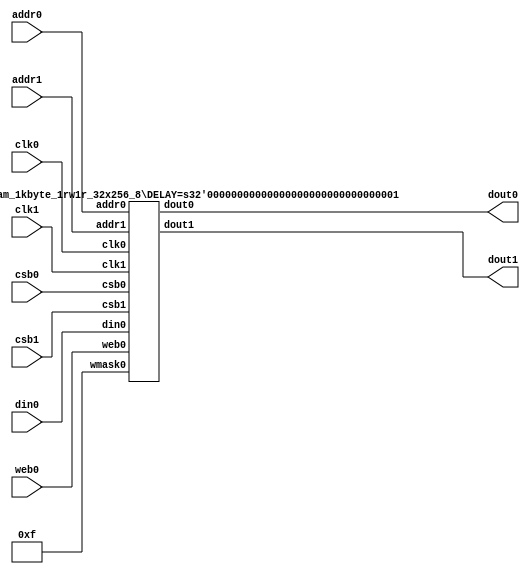
module sram_1kbyte_1rw1r#(
  parameter NUM_WMASKS = 4,
  parameter DATA_WIDTH = 32,
  parameter ADDR_WIDTH = 8,
  parameter RAM_DEPTH = 256,
  parameter DELAY = 1
)(
  input  clk0, // clock
  input   csb0, // active low chip select
  input  web0, // active low write control
  input [ADDR_WIDTH-1:0]  addr0,
  input [DATA_WIDTH-1:0]  din0,
  output [DATA_WIDTH-1:0] dout0,
  input  clk1, // clock
  input   csb1, // active low chip select
  input [ADDR_WIDTH-1:0]  addr1,
  output [DATA_WIDTH-1:0] dout1
);

  reg [ADDR_WIDTH-1:0]  addr0_r;
  reg [ADDR_WIDTH-1:0]  addr1_r;
  always @ (posedge clk1) begin
    addr0_r <= addr0;
    addr1_r <= addr1;
  end

  wire [DATA_WIDTH-1:0] dout0_w [RAM_DEPTH/256-1:0];
  wire [DATA_WIDTH-1:0] dout1_w [RAM_DEPTH/256-1:0];
  genvar i, j;
  generate 
    for (i=0; i<RAM_DEPTH/256; i=i+1) begin : loop_depth_gen
      for (j=0; j<DATA_WIDTH/32; j=j+1) begin : loop_width_gen
        if (ADDR_WIDTH == 8) begin
          sky130_sram_1kbyte_1rw1r_32x256_8 #(.DELAY(DELAY)) 
          sram_macro (
            .clk0(clk0),.csb0(csb0),.web0(web0),.wmask0(4'hF),.addr0(addr0[7:0]),.din0(din0[j*32+:32]), .dout0(dout0_w[i][j*32+:32]),
            .clk1(clk1),.csb1(csb1),.addr1(addr1[7:0]),.dout1(dout1_w[i][j*32+:32])
          );
        end
        else begin
          sky130_sram_1kbyte_1rw1r_32x256_8 #(.DELAY(DELAY)) 
          sram_macro (
            .clk0(clk0),.csb0(addr0[ADDR_WIDTH-1:8] == i ? csb0 : 1'b1),.web0(web0),.wmask0(4'hF),.addr0(addr0[7:0]),.din0(din0[j*32+:32]), .dout0(dout0_w[i][j*32+:32]),
            .clk1(clk1),.csb1(addr1[ADDR_WIDTH-1:8] == i ? csb1 : 1'b1),.addr1(addr1[7:0]),.dout1(dout1_w[i][j*32+:32])
          );
        end
      end
    end
    
    if (ADDR_WIDTH == 8)
      assign dout0 = dout0_w[0];
    else 
      assign dout0 = dout0_w[addr0_r[ADDR_WIDTH-1:8]];

    if (ADDR_WIDTH == 8)
      assign dout1 = dout1_w[0];
    else 
      assign dout1 = dout1_w[addr1_r[ADDR_WIDTH-1:8]];
  endgenerate


endmodule

// OpenRAM SRAM model
// Words: 256
// Word size: 32
// Write size: 8
module sky130_sram_1kbyte_1rw1r_32x256_8#(
  parameter NUM_WMASKS = 4,
  parameter DATA_WIDTH = 32,
  parameter ADDR_WIDTH = 8,
  parameter RAM_DEPTH = 256,
  parameter DELAY = 0
)(
  input  clk0, // clock
  input   csb0, // active low chip select
  input  web0, // active low write control
  input [NUM_WMASKS-1:0]   wmask0, // write mask
  input [ADDR_WIDTH-1:0]  addr0,
  input [DATA_WIDTH-1:0]  din0,
  output reg [DATA_WIDTH-1:0] dout0,
  input  clk1, // clock
  input   csb1, // active low chip select
  input [ADDR_WIDTH-1:0]  addr1,
  output reg [DATA_WIDTH-1:0] dout1
);

  reg  csb0_reg;
  reg  web0_reg;
  reg [NUM_WMASKS-1:0]   wmask0_reg;
  reg [ADDR_WIDTH-1:0]  addr0_reg;
  reg [DATA_WIDTH-1:0]  din0_reg;

  reg  csb1_reg;
  reg [ADDR_WIDTH-1:0]  addr1_reg;
reg [DATA_WIDTH-1:0]    mem [0:RAM_DEPTH-1];

  // All inputs are registers
  always @(posedge clk0)
  begin
    csb0_reg = csb0;
    web0_reg = web0;
    wmask0_reg = wmask0;
    addr0_reg = addr0;
    din0_reg = din0;
    dout0 = 32'bx;
    // if ( !csb0_reg && web0_reg ) 
    //   $display($time," Reading %m addr0=%b dout0=%b",addr0_reg,mem[addr0_reg]);
    // if ( !csb0_reg && !web0_reg )
    //   $display($time," Writing %m addr0=%b din0=%b wmask0=%b",addr0_reg,din0_reg,wmask0_reg);
  end

  // All inputs are registers
  always @(posedge clk1)
  begin
    csb1_reg = csb1;
    addr1_reg = addr1;
    if (!csb0 && !web0 && !csb1 && (addr0 == addr1))
         $display($time," WARNING: Writing and reading addr0=%b and addr1=%b simultaneously!",addr0,addr1);
    dout1 = 32'bx;
    // if ( !csb1_reg ) 
    //   $display($time," Reading %m addr1=%b dout1=%b",addr1_reg,mem[addr1_reg]);
  end


  // Memory Write Block Port 0
  // Write Operation : When web0 = 0, csb0 = 0
  always @ (negedge clk0)
  begin : MEM_WRITE0
    if ( !csb0_reg && !web0_reg ) begin
        if (wmask0_reg[0])
                mem[addr0_reg][7:0] = din0_reg[7:0];
        if (wmask0_reg[1])
                mem[addr0_reg][15:8] = din0_reg[15:8];
        if (wmask0_reg[2])
                mem[addr0_reg][23:16] = din0_reg[23:16];
        if (wmask0_reg[3])
                mem[addr0_reg][31:24] = din0_reg[31:24];
    end
  end

  // Memory Read Block Port 0
  // Read Operation : When web0 = 1, csb0 = 0
  always @ (negedge clk0)
  begin : MEM_READ0
    if (!csb0_reg && web0_reg)
       dout0 <= #(DELAY) mem[addr0_reg];
  end

  // Memory Read Block Port 1
  // Read Operation : When web1 = 1, csb1 = 0
  always @ (negedge clk1)
  begin : MEM_READ1
    if (!csb1_reg)
       dout1 <= #(DELAY) mem[addr1_reg];
  end

endmodule